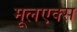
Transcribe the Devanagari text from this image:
मूलएक्स